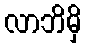
လာဘိမှိ